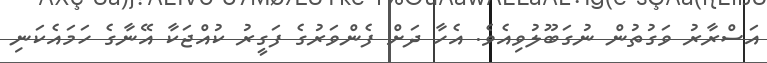
އަސްރާރު ވަގުތުން ނުގަބޫލުވިއެވެ. އެހާ ދަށް ފެންވަރުގެ ފަގީރު ކުއްޖަކާ އޭނާގެ ހަމައެކަނި